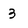
Character: 3